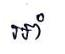
អាំ